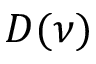
D ( \nu )